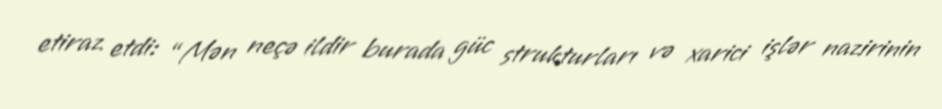
etiraz etdi: “Mən neçə ildir burada güc strukturları və xarici işlər nazirinin